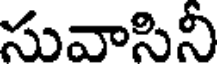
సువాసినీ